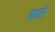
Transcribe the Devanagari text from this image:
शलो